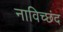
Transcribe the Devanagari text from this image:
नाविच्छंद